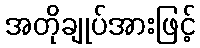
အတိုချုပ်အားဖြင့်